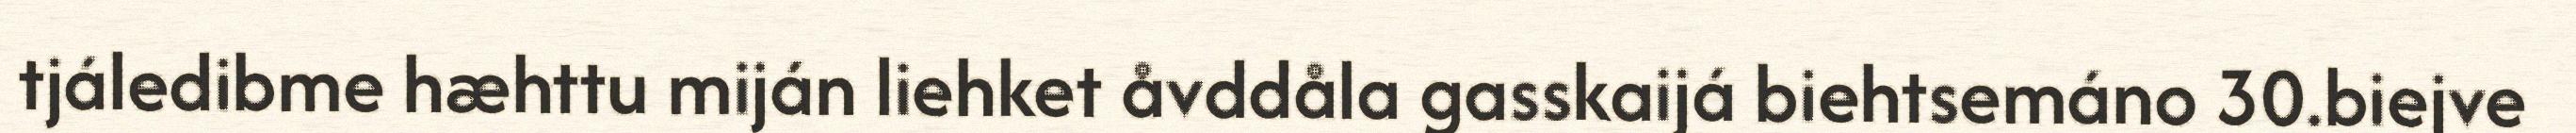
tjáledibme hæhttu miján liehket åvddåla gasskaijá biehtsemáno 30.biejve